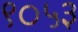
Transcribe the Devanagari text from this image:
९०५३